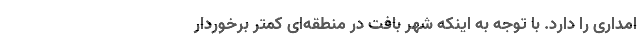
امداری را دارد. با توجه به اینکه شهر بافت در منطقه‌ای کمتر برخوردار